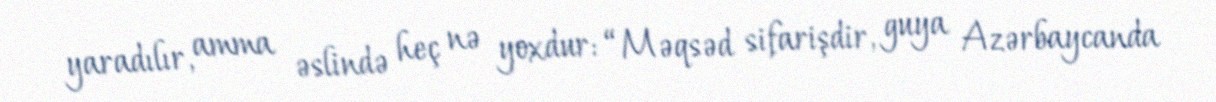
yaradılır, amma əslində heç nə yoxdur: “Məqsəd sifarişdir, guya Azərbaycanda